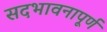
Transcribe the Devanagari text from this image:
सदभावनापूर्ण